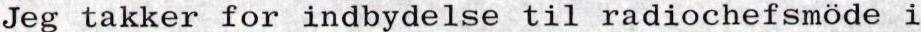
Jeg takker for indbydelse til radiochefsmöde i